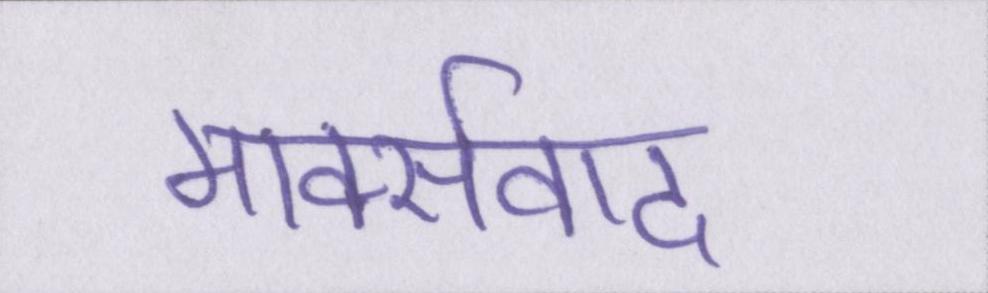
मार्क्सवाद